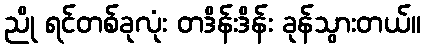
ညို ရင်တစ်ခုလုံး တဒိန်းဒိန်း ခုန်သွားတယ်။